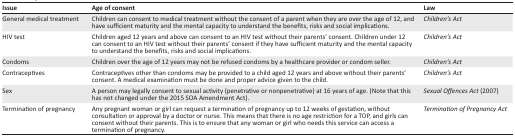
<table><thead><tr><td><b>Issue</b></td><td><b>Age of consent</b></td><td><b>Law</b></td></tr></thead><tbody><tr><td>General medical treatment</td><td>Children can consent to medical treatment without the consent of a parent when they are over the age of 12, and have sufficient maturity and the mental capacity to understand the benefits, risks and social implications.</td><td><i>Children’s Act</i></td></tr><tr><td>HIV test</td><td>Children aged 12 years and above can consent to an HIV test without their parents’ consent. Children under 12 can consent to an HIV test without their parents’ consent if they have sufficient maturity and the mental capacity to understand the benefits, risks and social implications.</td><td><i>Children’s Act</i></td></tr><tr><td>Condoms</td><td>Children over the age of 12 years may not be refused condoms by a healthcare provider or condom seller.</td><td><i>Children’s Act</i></td></tr><tr><td>Contraceptives</td><td>Contraceptives other than condoms may be provided to a child aged 12 years and above without their parents’ consent. A medical examination must be done and proper advice given to the child.</td><td><i>Children’s Act</i></td></tr><tr><td>Sex</td><td>A person may legally consent to sexual activity (penetrative or nonpenetrative) at 16 years of age. (Note that this has not changed under the 2015 SOA Amendment Act).</td><td><i>Sexual Offences Act</i> (2007)</td></tr><tr><td>Termination of pregnancy</td><td>Any pregnant woman or girl can request a termination of pregnancy up to 12 weeks of gestation, without consultation or approval by a doctor or nurse. This means that there is no age restriction for a TOP, and girls can consent without their parents. This is to ensure that any woman or girl who needs this service can access a termination of pregnancy.</td><td><i>Termination of Pregnancy Act</i></td></tr></tbody></table>